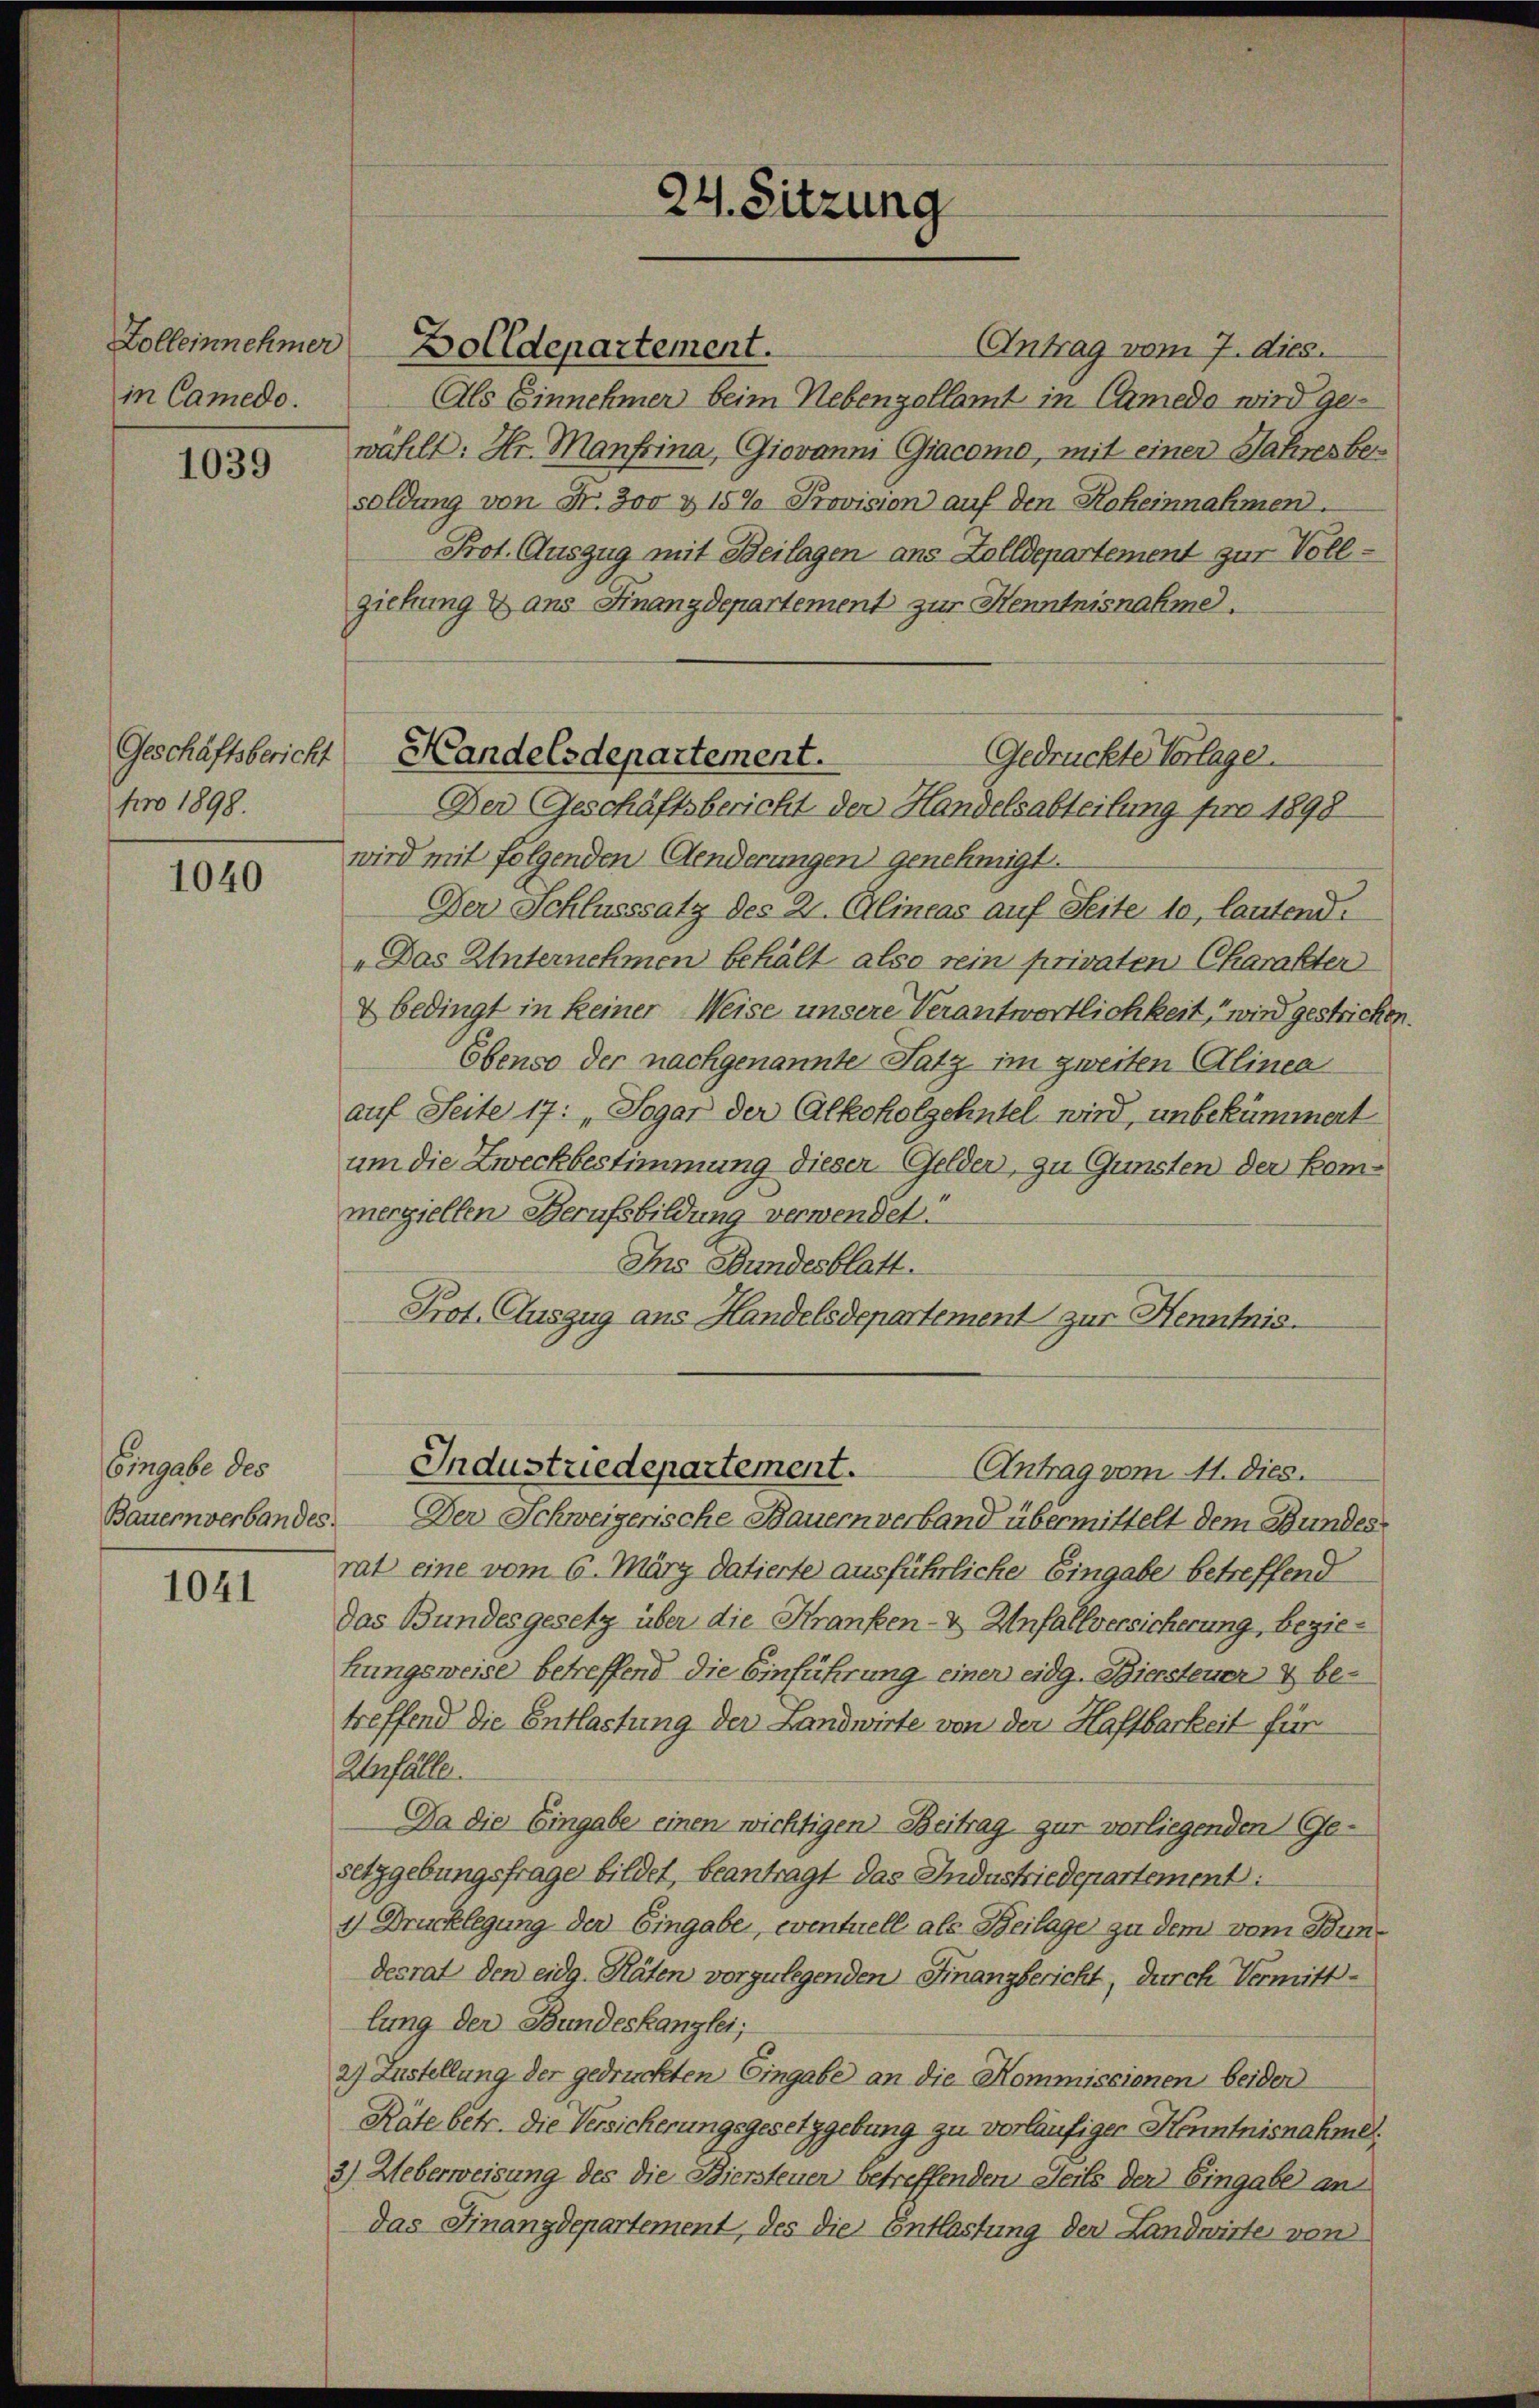
Zolleinnehmer
in Camedo.

1039

Geschäftsbericht
pro 1898.

1040

Eingabe des
Bauern verbandes.

1041

Zolldepartement.

24. Sitzung

Gedrückte Vorlage.
Handelsdepartement.
Der Geschäftsbericht der Handelsabteilung pro 1898

Antrag vom 7. dies.
Als Einnehmer beim Nebenzollamt in Camedo wird ge-
wählt: Hr. Manfrina, Giovanni Giacomo, mit einen Jahresbesoldung von Fr. 300 & 15% Provision auf den Roheinnahmen.
Prot. Auszug mit Beilagen ans Zolldepartement zur Vollziehung & ans Finanzdepartement zur Henntnisnahme.
wird mit folgenden Aenderungen genehmigt.
Der Schlusssatz des 21. Alineas auf Seite 10, lautend
„Das Unternehmen behält also sein privaten Charakter
& bedingt in keiner Weise unsere Verantwortlichkeit, wird gestricken.
Ebenso der nachgenannte Satz im zweiten Alinea
auf Seite 17: „Sogar der Alkoholzehntel wird, unbekümmert
im die Zweckbestimmung dieser Gelder, zu Gunsten der kommergiellen Berufsbildung verwendet:
Ins Bundesblatt.
Prot. Auszug aus Handelsdepartement zur Henntnis.

Industriedepartement.
Antrag vom 11. dies.

Der Schweizerische Bauern verband übermittelt dem Bundes
rat eine vom 6. März datierte ausführliche Eingabe betreffend
Das Bundesgesetz über die Kranken- & Unfallversicherung, beziekungsweise betreffend die Einführung einer eidg. Biersteuer & betreffend die Entlastung der Landwirte von der Haftbarkeit für
Unfälle.
Da die Eingabe einen wichtigen Beitrag zur vorliegenden Gesetzgebungsfrage bildet, beantragt das Industriedepartement:
1) Drucklegung der Eingabe, eventuell als Beilage zu dem vom Bundesrat den eidg. Räten vorzulegenden Finanzbericht, durch Vermittlung der Bundeskanzlei,
2) Zustellung der gedruckten Eingabe an die Kommissionen beider
Räte betr. Die Versicherungsgesetzgebung zu vorläufiger Kenntnisnahme.
3) Ueberweisung des die Biersteuer betreffenden Steils der Eingabe an
das Finanzdepartement, des die Entlastung der Landwirte von